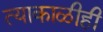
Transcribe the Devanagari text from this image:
त्याकाळीही